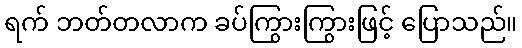
ရက် ဘတ်တလာက ခပ်ကြွားကြွားဖြင့် ပြောသည်။